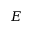
E